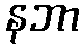
နဘာ